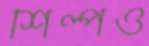
শিল্পও